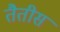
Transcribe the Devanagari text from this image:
तैतीस